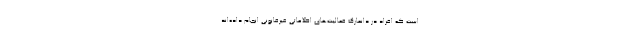
است که افراد در دانمارک فعالیت‌های اطلاعاتی غیرقانونی انجام داده‌اند